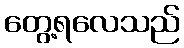
တွေ့ရလေသည်